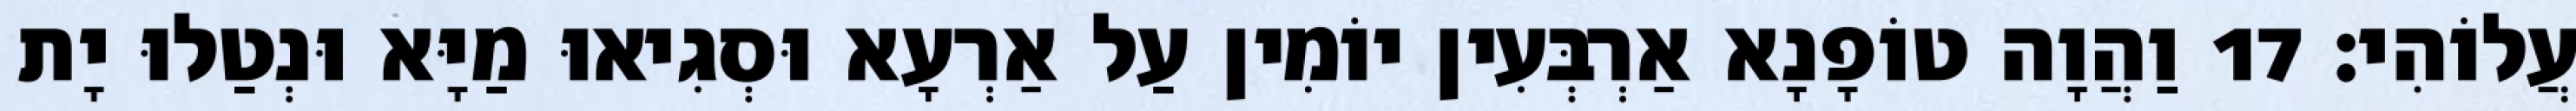
עֲלוֹהִי׃ 17 וַהֲוָה טוֹפָנָא אַרְבְּעִין יוֹמִין עַל אַרְעָא וּסְגִיאוּ מַיָּא וּנְטַלוּ יָת